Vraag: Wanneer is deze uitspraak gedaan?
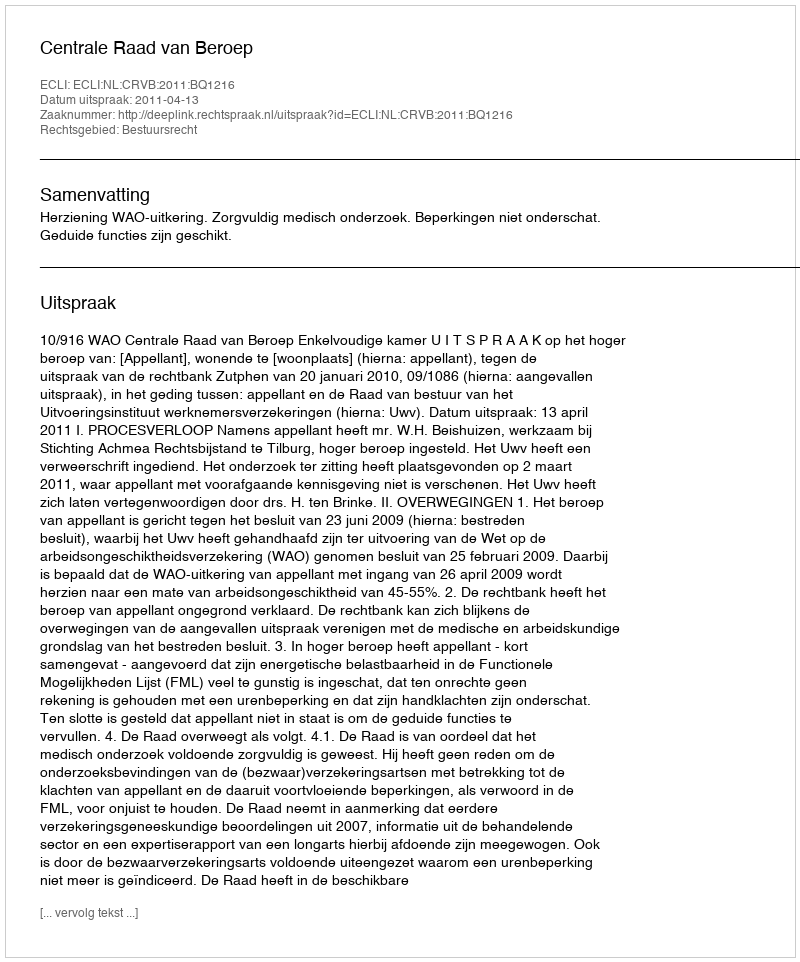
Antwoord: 2011-04-13